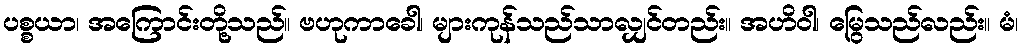
ပစ္စယာ၊ အကြောင်းတို့သည်။ ဗဟုကာခေါ၊ များကုန်သည်သာလျှင်တည်း။ အဟိဝါ၊ မြွေသည်လည်း။ မံ၊